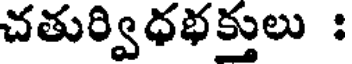
చతుర్విధభక్తులు :